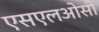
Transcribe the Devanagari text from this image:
एसएलओसी